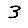
Digit: 3